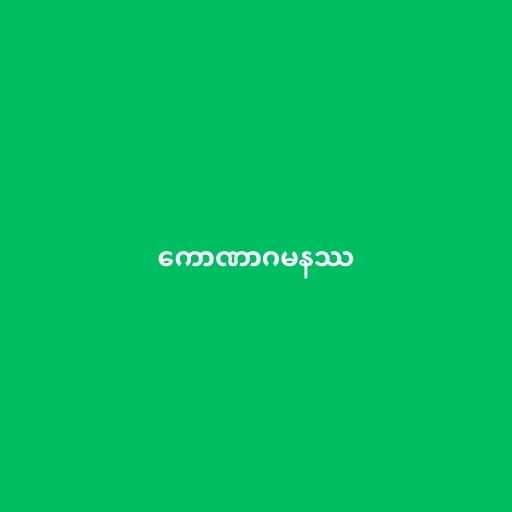
ကောဏာဂမနဿ